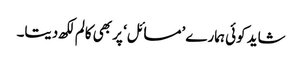
شاید کوئی ہمارے ’مسائل‘ پر بھی کالم لکھ دیتا۔